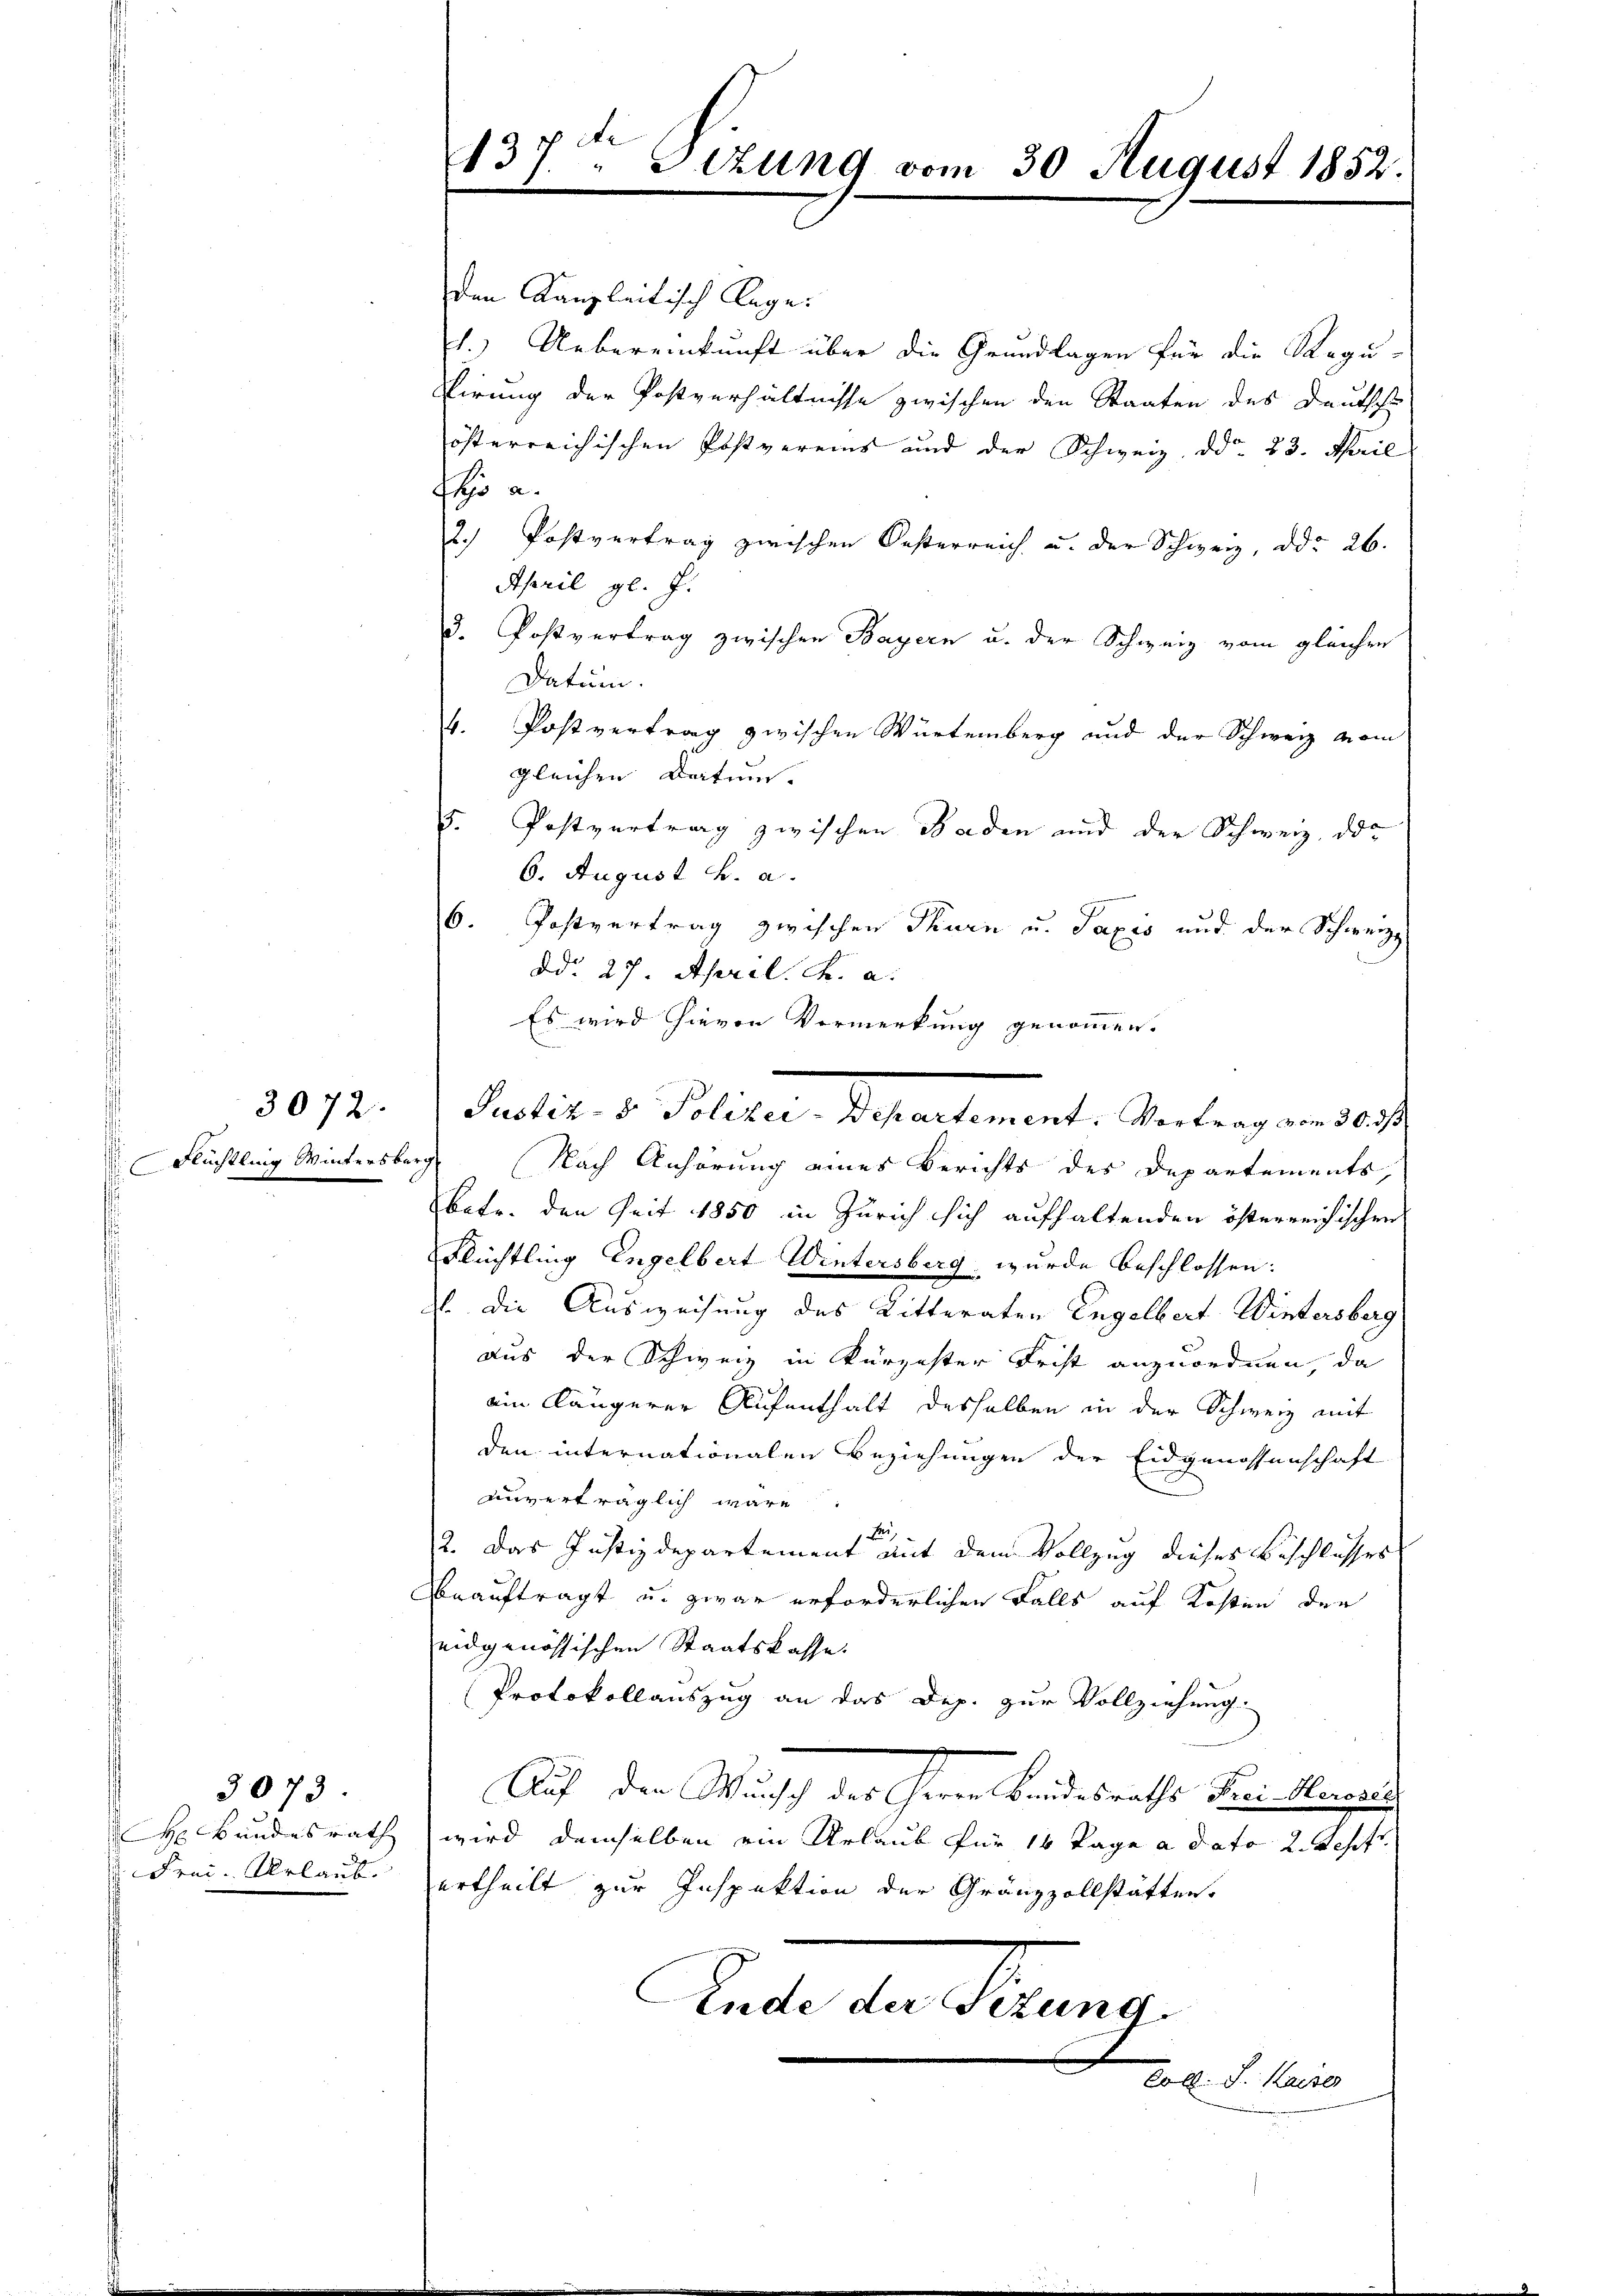
Flüchtling Wintersberg

3073.

3072.

den Kanzleitisch lage.
1.) Uebereinkunft über die Grundlagen für die Regu-
Eirung der Postverhältnisse zwischen den Staaten des Deuts
österreichischen Postvereins und der Schweiz ddo 23. April
hjs a.
2.) Postvertrag zwischen Oesterreich u. der Schweiz, ddo 26.
April gl. J.
3. Postvertrag zwischen Bayern u. der Schweiz vom gleichen
Datum.
4. Postvertrag zwischen Würtemberg und der Schweiz vom
gleichen Datum.
5. Postvertrag zwischen Baden und der Schweiz, das
6. August v. a.
6. Postvertrag zwischen Thurn u. Taxis und der Schweize
ddo 27. April. K. a.
Es wird hievon Vermerkung genommen.
Nach Anhörung eines Berichts des Departements,
betr. den Zeit 1850 in Zürich sich aufhaltenden österreichischen
Flüchtling Engelbert Wintersberg wurde beschlossen:
E. Die Ausweisung des Ritteraten Engelbert Wintersberg
aus der Schweiz in Kürzester Frist anzuordnen, da
ein längerer Aufenthalt desselben in der Schweiz mit
den internationalen Beziehungen der Eidgenossenschaft
auverträglich wäre
F
2. Das Justizdepartement mit dem Vollzug dieses Beschlusses
Beauftragt u. zwar erforderlichen Falls auf Kosten der
eidgenössischen Staatskasse.
Protokollauszug an das Dep. zur Vollziehung.
Auf den Wunsch der Cherren Brandesrathes Fur: Manne
H Bundesrath wird demselben ein Urlaub für 14 Tage a dato 2. Sept.
Frei- Urlaub ertheilt zur Inspektion der Gränzzollstätten,
Ende der Sitzung
Coll. S. Kaiser

437. Sitzung vom 30 August 1852.

Pensiv. v. Police Separtement. Antrag andelt